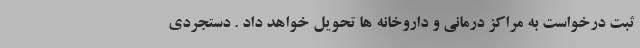
ثبت درخواست به مراکز درمانی و داروخانه ها تحویل خواهد داد . دستجردی